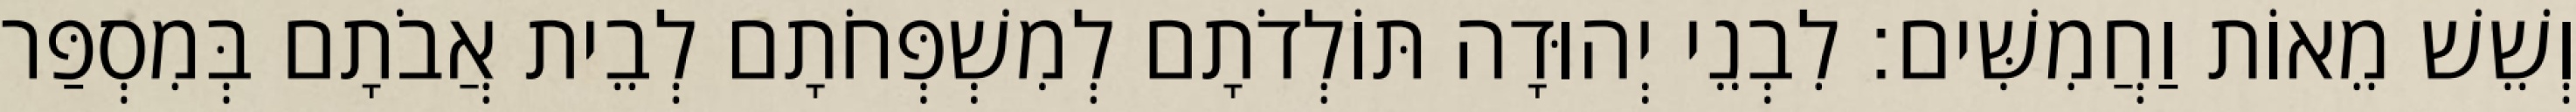
וְשֵׁשׁ מֵאוֹת וַחֲמִשִּׁים׃ לִבְנֵי יְהוּדָה תּוֹלְדֹתָם לְמִשְׁפְּחֹתָם לְבֵית אֲבֹתָם בְּמִסְפַּר